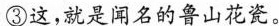
③这，就是闻名的鲁山花瓷。